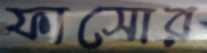
ফাসোর